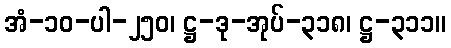
အံ-၁၀-ပါ-၂၅၀၊ ဋ္ဌ-ဒု-အုပ်-၃၁၈၊ ဋ္ဌ-၃၁၁။